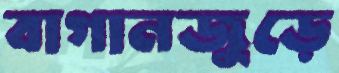
বাগানজুড়ে